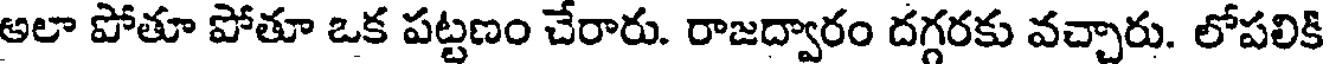
అలా పోతూ పోతూ ఒక పట్టణం చేరారు. రాజద్వారం దగ్గరకు వచ్చారు. లోపలికి